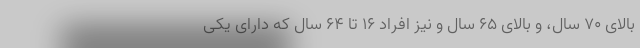
بالای ۷۰ سال، و بالای ۶۵ سال و نیز افراد ۱۶ تا ۶۴ سال که دارای یکی